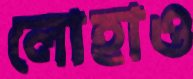
লোহাও